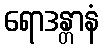
ရောဒန္တာနံ